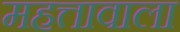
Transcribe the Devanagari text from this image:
महत्तावाला